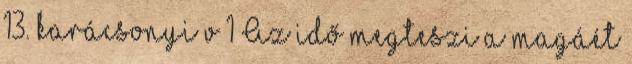
13. karácsonyi v 1 Az idő megteszi a magáét